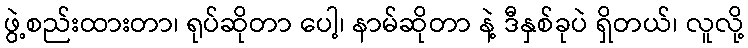
ဖွဲ့စည်းထားတာ၊ ရုပ်ဆိုတာ ပေါ့၊ နာမ်ဆိုတာ နဲ့ ဒီနှစ်ခုပဲ ရှိတယ်၊ လူလို့